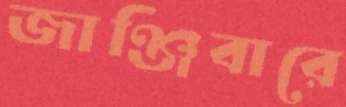
জাঞ্জিবারে